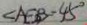
\angle A E B = 4 5 ^ { \circ }